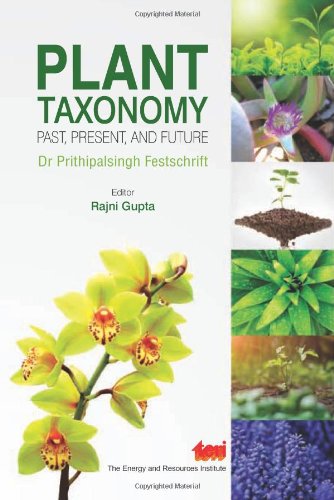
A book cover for Plant Taxonomy: Past, present, and future; Rajni Gupta; Science & Math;